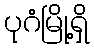
ပုဂံမြို့ရှိ